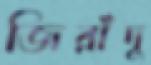
জিরাঁদু